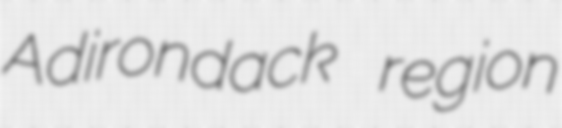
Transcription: Adirondack region